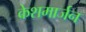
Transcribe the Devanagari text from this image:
केशमार्जन